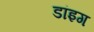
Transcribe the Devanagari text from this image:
डांइग